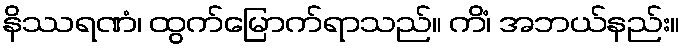
နိဿရဏံ၊ ထွက်မြောက်ရာသည်။ ကိံ၊ အဘယ်နည်း။